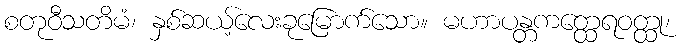
စတုဝီသတိမံ၊ နှစ်ဆယ့်လေးခုမြောက်သော။ မဟာပန္တကတ္ထေရဝတ္ထု၊